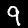
Label: 9